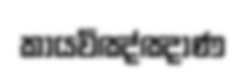
කායවිඤ්ඤාණ